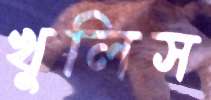
খুলিস